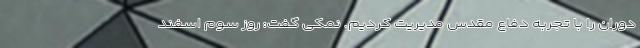
دوران را با تجربه دفاع مقدس مدیریت کردیم. نمکی گفت: روز سوم اسفند